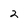
Character: 2